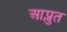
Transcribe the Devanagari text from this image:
आप्लुत